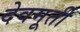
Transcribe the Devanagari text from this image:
देवमूर्ती